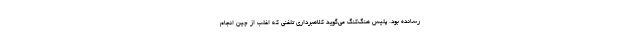
رسانده بود. پلیس هنگ‌کنگ می‌گوید کلاهبرداری تلفنی که اغلب از چین انجام